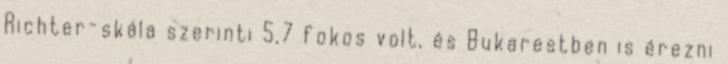
Richter-skála szerinti 5,7 fokos volt, és Bukarestben is érezni